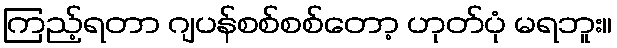
ကြည့်ရတာ ဂျပန်စစ်စစ်တော့ ဟုတ်ပုံ မရဘူး။